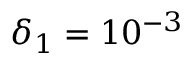
\delta _ { 1 } = 1 0 ^ { - 3 }